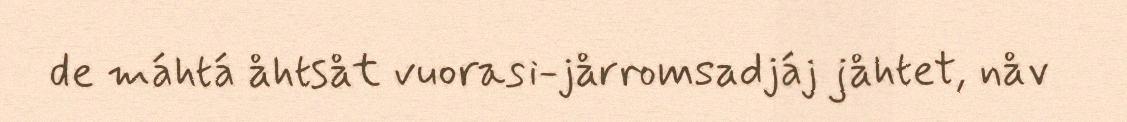
de máhtá åhtsåt vuorasi-jårromsadjáj jåhtet, nåv